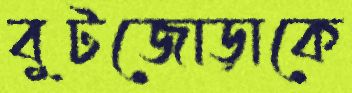
বুটজোড়াকে